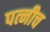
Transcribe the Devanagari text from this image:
पत्नीच